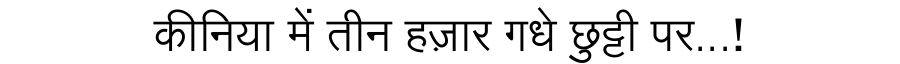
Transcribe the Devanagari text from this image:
कीनिया में तीन हज़ार गधे छुट्टी पर...!